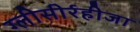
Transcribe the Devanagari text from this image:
ग्‍लीसीर्रहीजा